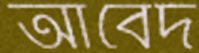
আবেদ